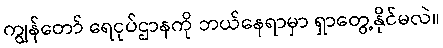
ကျွန်တော် ရေငုပ်ဌာနကို ဘယ်နေရာမှာ ရှာတွေ့နိုင်မလဲ။